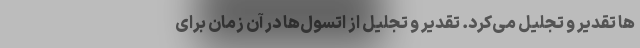
ها تقدیر و تجلیل می‌کرد. تقدیر و تجلیل از اتسول‌ها در آن زمان برای